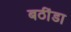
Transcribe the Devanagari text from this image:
बठींडा